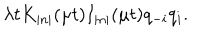
\lambda t K _ { \left| n \right| } ( \mu t ) I _ { \left| n \right| } ( \mu t ) q _ { - i } q _ { i } .